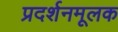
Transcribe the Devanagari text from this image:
प्रदर्शनमूलक